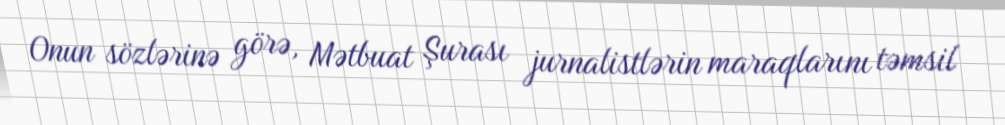
Onun sözlərinə görə, Mətbuat Şurası jurnalistlərin maraqlarını təmsil